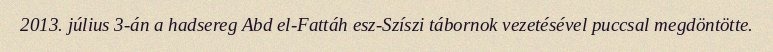
2013. július 3-án a hadsereg Abd el-Fattáh esz-Szíszi tábornok vezetésével puccsal megdöntötte.